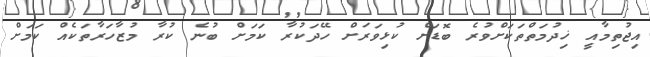
އިޖުތިމާއީ ޚިދުމަތްތަކަށްވުރެ ބޮޑަށް ކުޅިވަރަށް ހޭދަކުރާ ކަމަށް ބުނެ ކުރާ މުޒާހަރާތަކެއް ކަމަށް